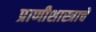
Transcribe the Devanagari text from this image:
प्राणीशास्त्राचे